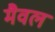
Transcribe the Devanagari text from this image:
मैवल